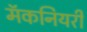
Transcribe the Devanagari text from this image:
मॅकनियरी